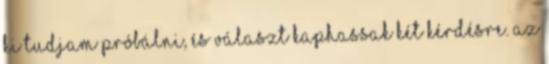
ki tudjam próbálni, és választ kaphassak két kérdésre. Az